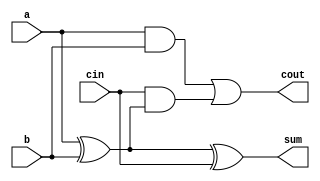
module full_adder (
    input wire a,          // First input bit
    input wire b,          // Second input bit
    input wire cin,        // Carry input
    output wire sum,       // Sum output
    output wire cout       // Carry output
);
    assign sum = a ^ b ^ cin;   // Sum is the XOR of the three inputs
    assign cout = (a & b) | (cin & (a ^ b)); // Carry is generated if any two inputs are high
endmodule